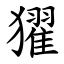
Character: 㺟